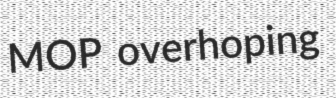
MOP overhoping